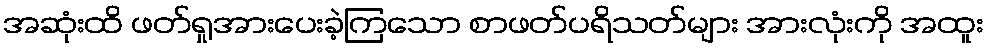
အဆုံးထိ ဖတ်ရှုအားပေးခဲ့ကြသော စာဖတ်ပရိသတ်များ အားလုံးကို အထူး